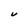
Character: U